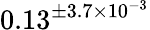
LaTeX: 0.13^{\pm 3.7\times 10^{-3}}